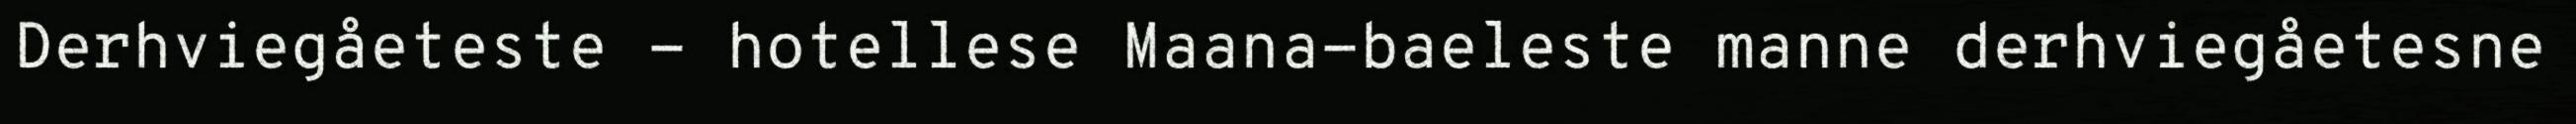
Derhviegåeteste - hotellese Maana-baeleste manne derhviegåetesne